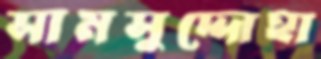
সামসুদ্দোহা